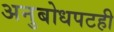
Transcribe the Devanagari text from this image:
अनुबोधपटही